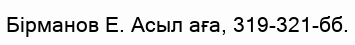
Бірманов Е. Асыл аға, 319-321-бб.